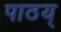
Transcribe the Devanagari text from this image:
पाठय्